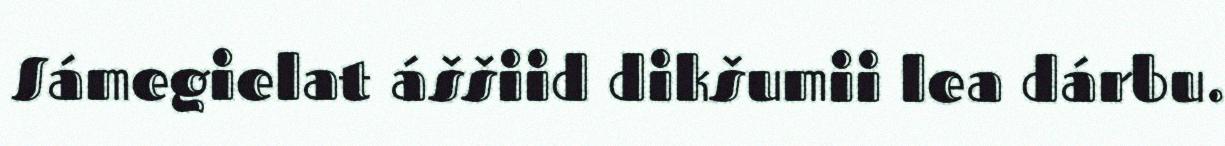
Sámegielat áššiid dikšumii lea dárbu.